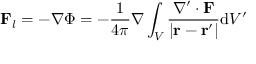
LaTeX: \mathbf { F } _ { l } = - \nabla \Phi = - { \frac { 1 } { 4 \pi } } \nabla \int _ { V } { \frac { \nabla ^ { \prime } \cdot \mathbf { F } } { \left| \mathbf { r } - \mathbf { r } ^ { \prime } \right| } } \mathrm { d } V ^ { \prime }